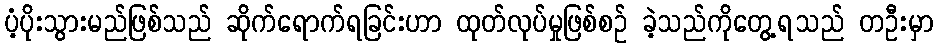
ပံ့ပိုးသွားမည်ဖြစ်သည် ဆိုက်ရောက်ရခြင်းဟာ ထုတ်လုပ်မှုဖြစ်စဉ် ခဲ့သည်ကိုတွေ့ရသည် တဦးမှာ